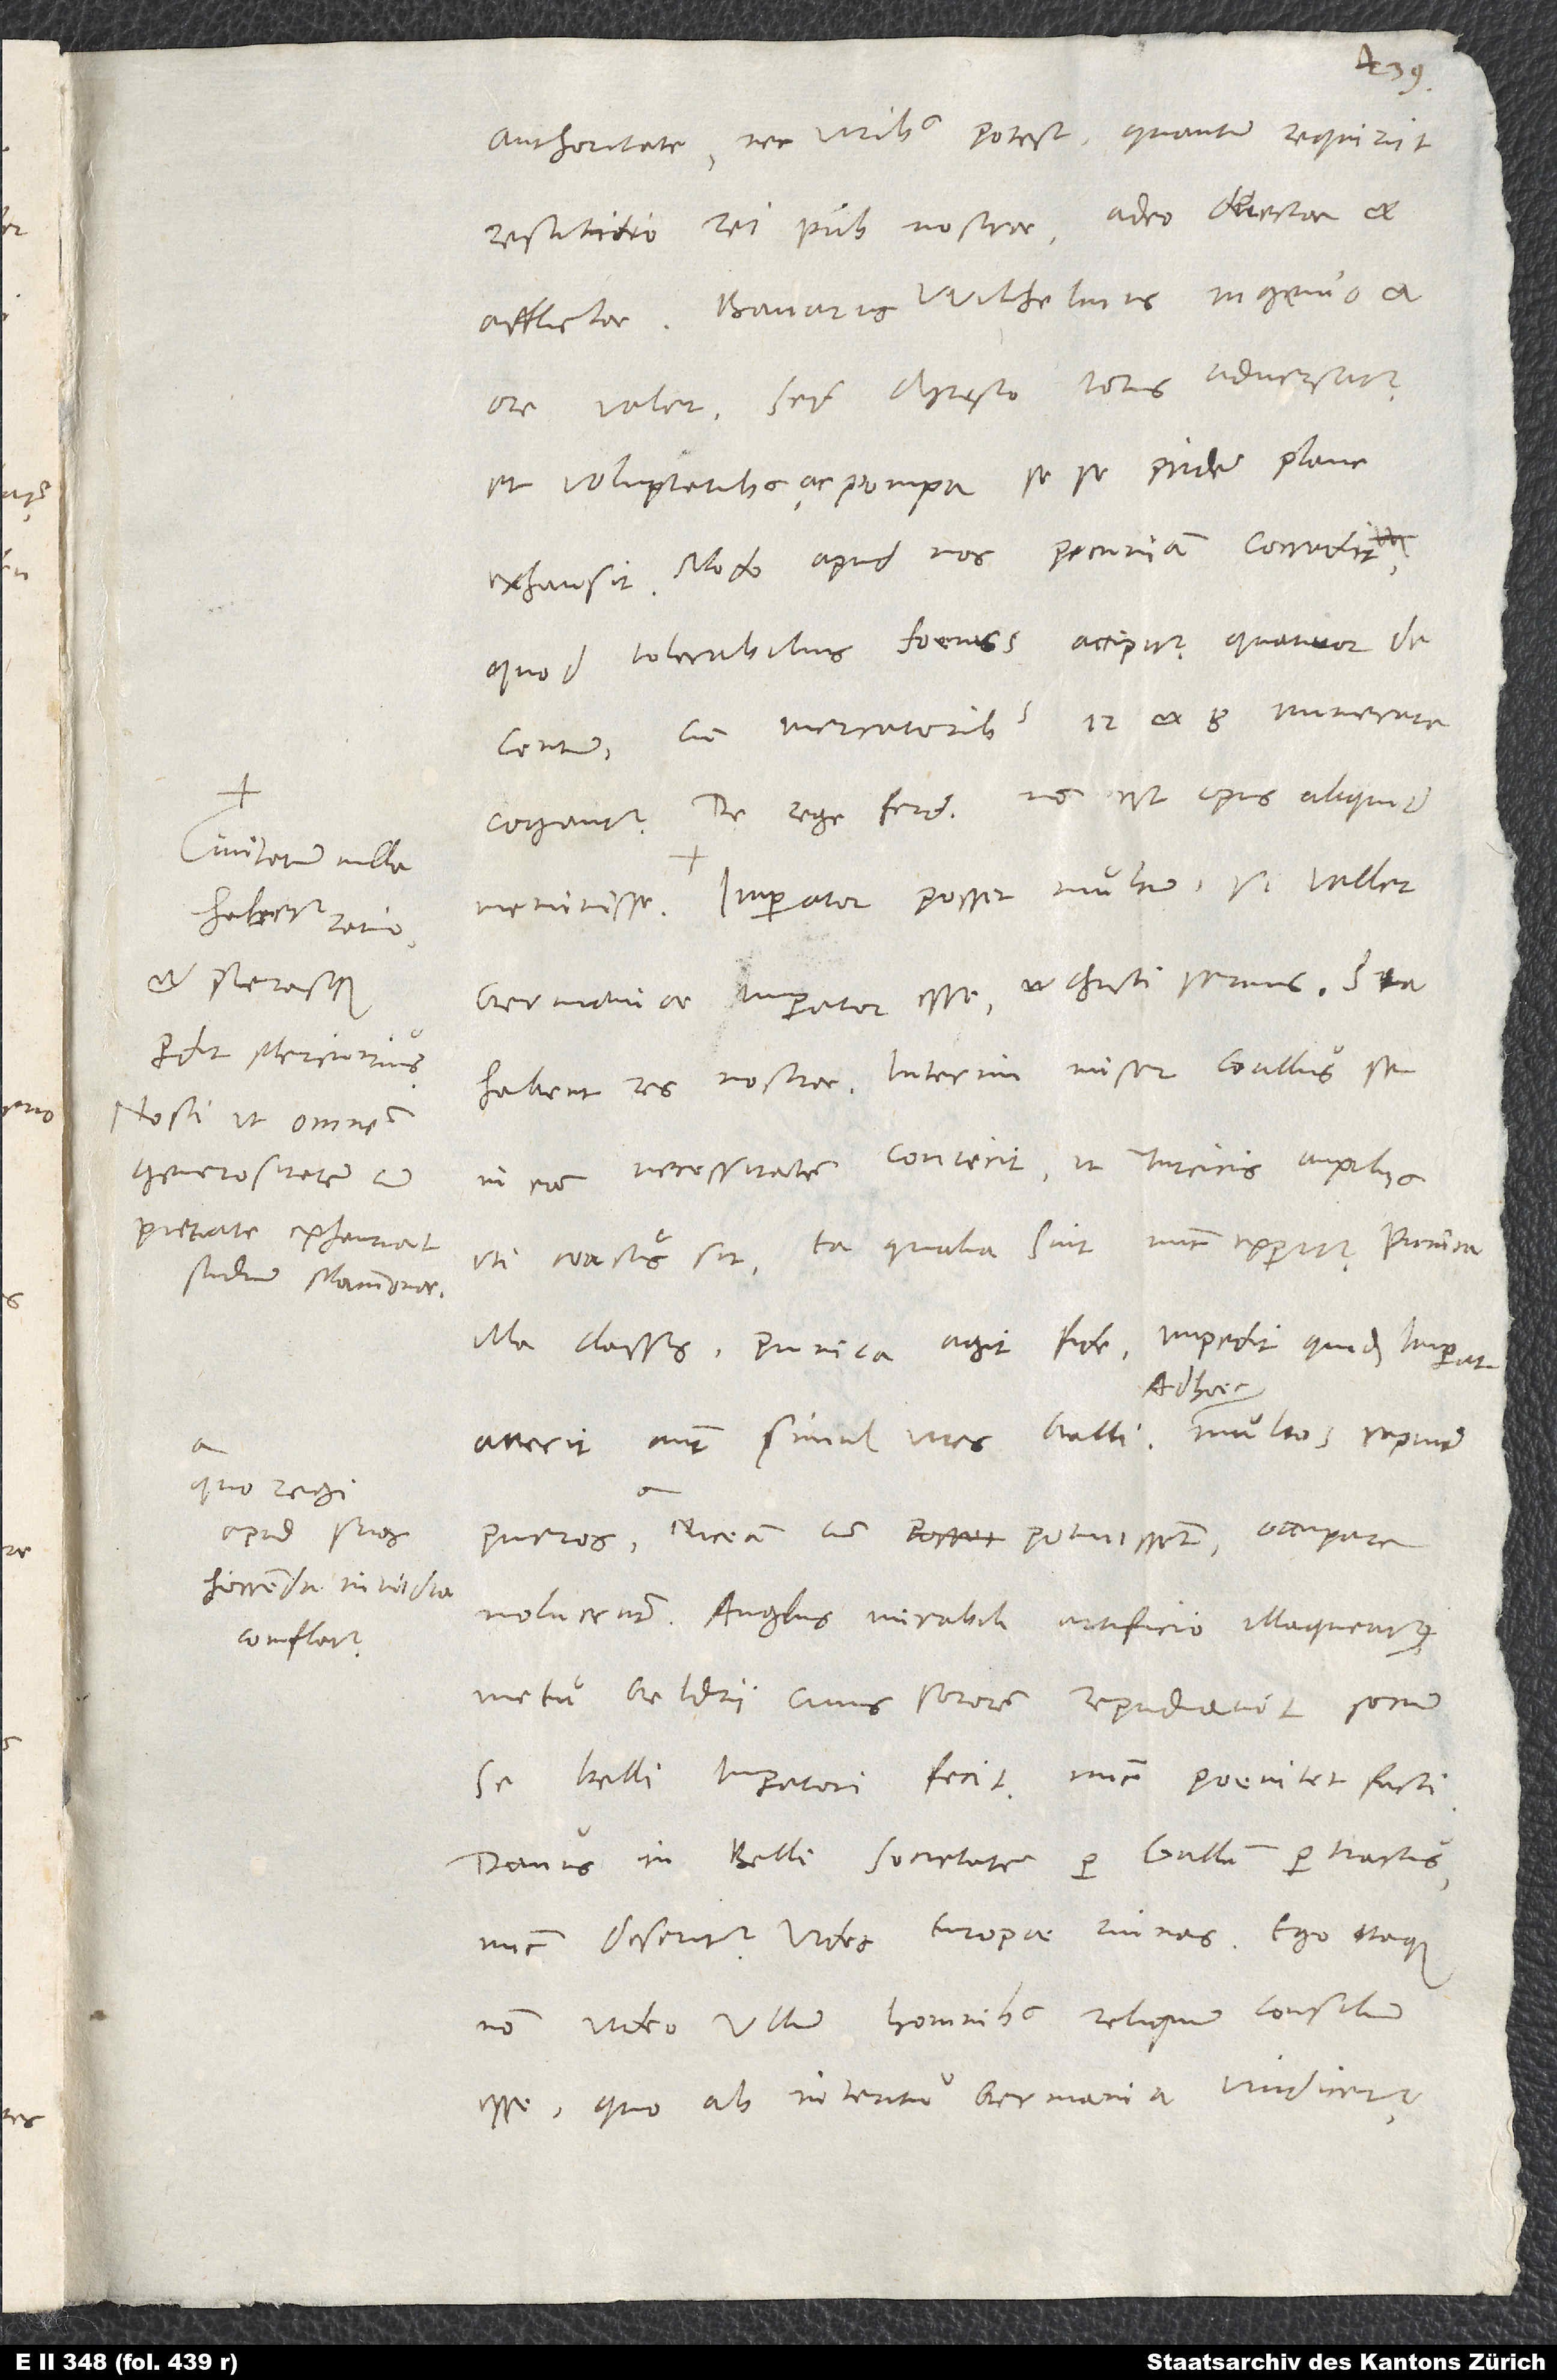
Civitatum nulla
habetur ratio,
et plerasque
perdit Mercurius.
Nosti, ut omnem
pietate exhauriat
studium Mammonae.
quo regi
apud suos
horrenda invidia
conflatur.

authoritate nec viribus potest, quantum requirit
restitutio reipublicae nostrae adeo deiectae et
afflictae. Bavarus Wilhelmus ingenio et
ore valet, sed Christo totus adversatur
et voluptatibus ac pompa sese pridem plane
exhausit. Modo apud nos pecuniam corradit,
quod tolerabilius foenus accipitur, quatuor de
centum, cum mercatoribus 12 et 8 numerare
cogantur. De rege Ferdinando non est opus aliquid
Imperator posset multum, si vellet
Germaniae imperator esse et Christi servus. Ita
in eam necessitatem coniecit, ut Turcicis auxiliis
uti coactus sit. Ea qualia sint, nunc experitur. Punica
illa classis Punica agit fide; impedit quidem imperatorem,
Niceam cum potuissent occupare,
noluerunt. Anglus mirabili artificio illaqueatur
metu Geldrii, cuius sororem repudiavit. Socium
se belli imperatori fecit. Nunc poenitet facti.
Danus in belli societatem per Gallum pertractus
nunc deseritur. Vides Europae ruinas. Ego itaque
non video ullum hominibus reliquum consilium
esse, quo ab interitu Germania vindicetur.